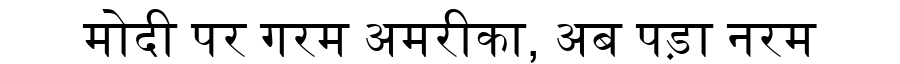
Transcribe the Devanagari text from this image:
मोदी पर गरम अमरीका, अब पड़ा नरम